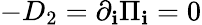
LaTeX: -D_{2}=\partial_{\mathbf{i}}\Pi_{\mathbf{i}}=0